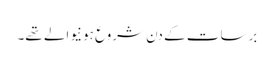
برسات کے دن شروع ہونیوالے تھے۔